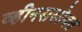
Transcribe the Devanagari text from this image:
व्हीनससोबत